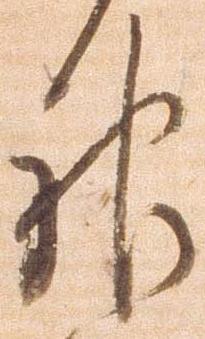
神